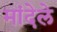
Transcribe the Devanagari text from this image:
मांदेले